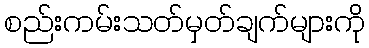
စည်းကမ်းသတ်မှတ်ချက်များကို